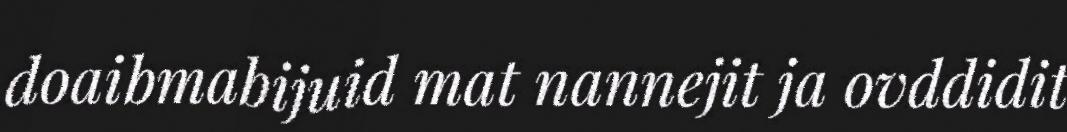
doaibmabijuid mat nannejit ja ovddidit